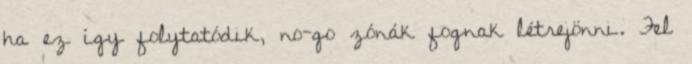
ha ez így folytatódik, no-go zónák fognak létrejönni. Fel